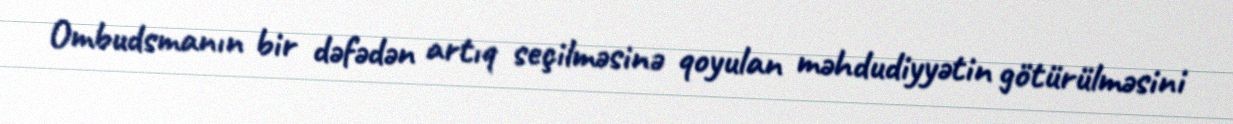
Ombudsmanın bir dəfədən artıq seçilməsinə qoyulan məhdudiyyətin götürülməsini